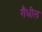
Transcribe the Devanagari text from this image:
गैधील